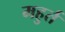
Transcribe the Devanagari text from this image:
महुर्त